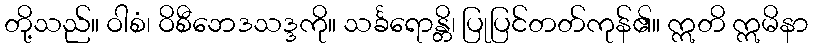
တို့သည်။ ဝါစံ၊ ဝိစီဘေဒသဒ္ဒကို။ သင်္ခရောန္တိ၊ ပြုပြင်တတ်ကုန်၏။ ဣတိ ဣမိနာ